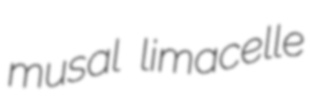
musal limacelle